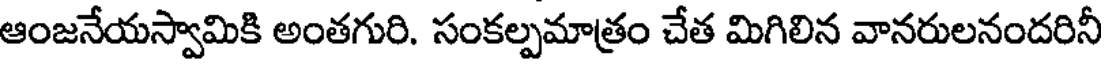
ఆంజనేయస్వామికి అంతగురి. సంకల్పమాత్రం చేత మిగిలిన వానరులనందరినీ